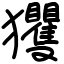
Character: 玃